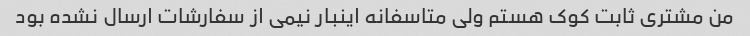
من مشتری ثابت کوک هستم ولی متاسفانه اینبار نیمی از سفارشات ارسال نشده بود